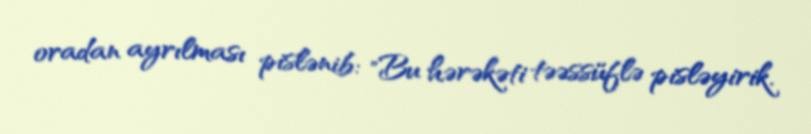
oradan ayrılması pislənib: "Bu hərəkəti təəssüflə pisləyirik.